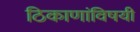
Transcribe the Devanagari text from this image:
ठिकाणांविषयी